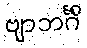
ဗျာဘင်္ဂိံ